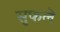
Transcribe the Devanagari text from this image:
सुफले